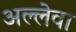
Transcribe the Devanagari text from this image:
अल्लेवा